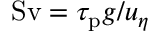
\mathrm { S v } = \tau _ { \mathrm { p } } g / u _ { \eta }